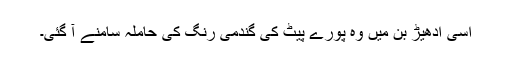
اسی ادھیڑ بن میں وہ پورے پیٹ کی گندمی رنگ کی حاملہ سامنے آ گئی۔